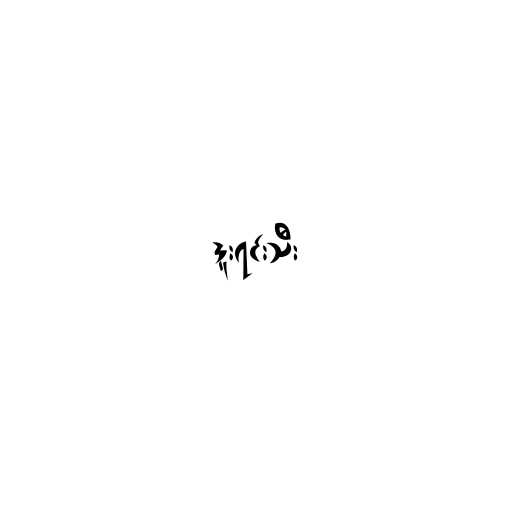
ဒူးရင်းသီး